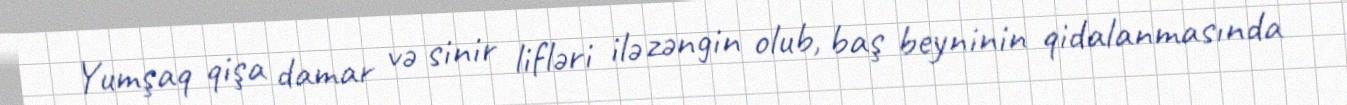
Yumşaq qişa damar və sinir lifləri ilə zəngin olub, baş beyninin qidalanmasında